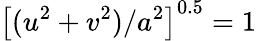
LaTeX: \left[(u^{2}+v^{2})/a^{2}\right]^{0.5}=1